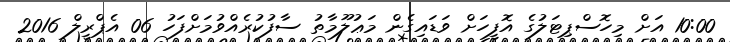
10:00 އަށް މިހޮސްޕިޓަލުގެ އޮފީހަށް ވަޑައިގެން މަޢުލޫމާތު ސާފުކުރެއްވުމަށްފަހު 06 އެޕްރީލް 2016